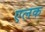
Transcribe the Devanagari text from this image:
एलक